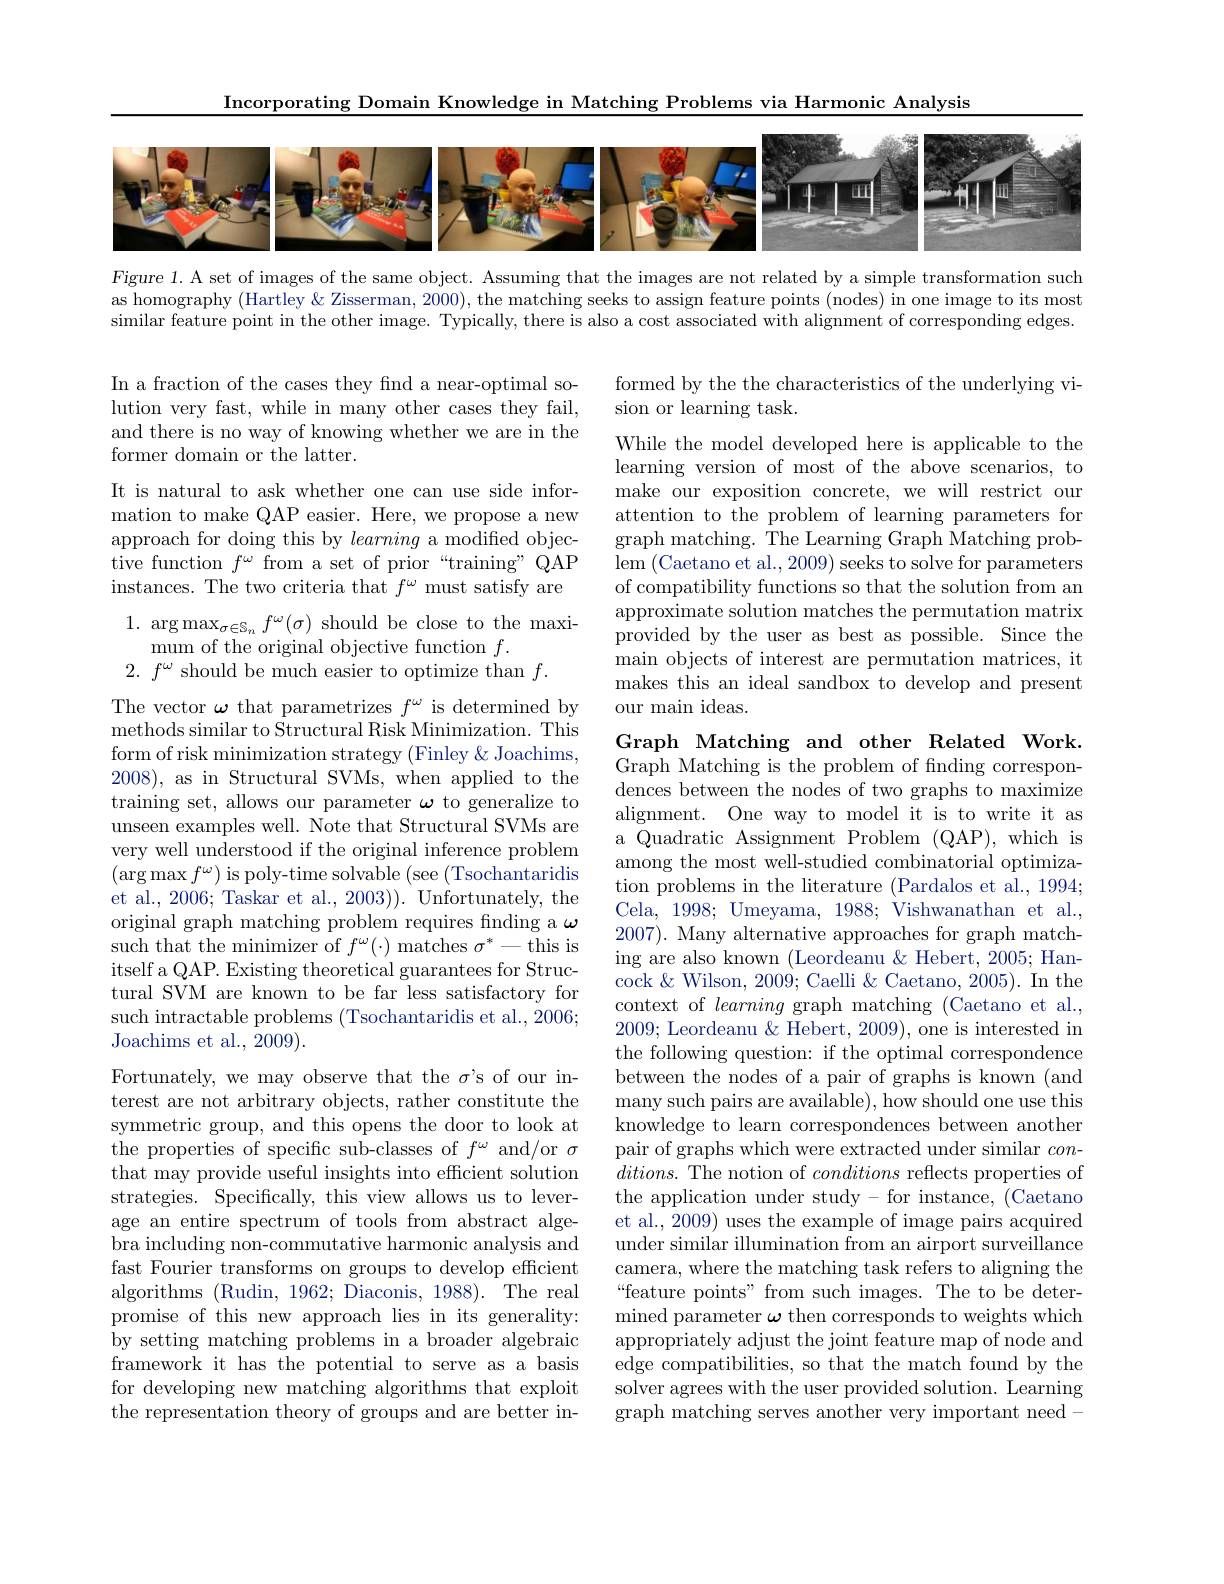
Incorporating Domain Knowledge in Matching Problems via Harmonic Analysis

<FigureHere>

$F$igure 1. A set of images of the same object. Assuming that the images are not related by a simple transformation such as homography (Hartley & Zisserman, 2000), the matching seeks to assign feature points (nodes) in one image to its most similar feature point in the other image. Typically, there is also a cost associated with alignment of corresponding edges.

formed by the the characteristics of the underlying vi-
sion or learning task.

In a fraction of the cases they find a near-optimal solution very fast, while in many other cases they fail, and there is no way of knowing whether we are in the former domain or the latter.

It is natural to ask whether one can use side information to make QAP easier. Here, we propose a new approach for doing this by learning a modified objective function $f^\omega$ from a set of prior“training”QAP instances. The two criteria that $f^\omega$ must satisfy are

While the model developed here is applicable to the learning version of most of the above scenarios, to make our exposition concrete, we will restrict our attention to the problem of learning parameters for graph matching. The Learning Graph Matching problem (Caetano et al., 2009) seeks to solve for parameters of compatibility functions so that the solution from an approximate solution matches the permutation matrix provided by the user as best as possible. Since the main objects of interest are permutation matrices, it makes this an ideal sandbox to develop and present our main ideas.

1. arg$\max_\sigma\in\mathcal{S}_nf^\omega(\sigma)$ should be close to the maxi-
mum of the original objective function $f.$
$2.~f^{\omega}~$should be much easier to optimize than $f.$

The vector $\omega$ that parametrizes $f^\omega$ is determined by methods similar to Structural Risk Minimization. This form of risk minimization strategy (Finley & Joachims, 2008), as in Structural SVMs, when applied to the training set, allows our parameter $\omega$ to generalize to unseen examples well. Note that Structural SVMs are very well understood if the original inference problem $(\arg\max f^{\omega})$ is poly-time solvable (see (Tsochantaridis et al., 2006; Taskar et al., 2003)). Unfortunately, the original graph matching problem requires finding a $\omega$ such that the minimizer of $f^\omega(\cdot)$ matches $\sigma^*-$this is itself a QAP. Existing theoretical guarantees for Structural SVM are known to be far less satisfactory for such intractable problems (Tsochantaridis et al., 2006; Joachims et al., 2009).
Fortunately, we may observe that the $\sigma$'s of our in-

Graph Matching and other Related Work. Graph Matching is the problem of fnding correspondences between the nodes of two graphs to maximize alignment. One way to model it is to write it as a Quadratic Assignment Problem (QAP),which is among the most well-studied combinatorial optimization problems in the literature (Pardalos et al., 1994; Cela, 1998; Umeyama, 1988; Vishwanathan et al., 2007). Many alternative approaches for graph matching are also known (Leordeanu &Hebert, 2005; Hancock &Wilson, 2009; Caelli & Caetano, 2005). In the context of learning graph matching (Caetano et al., 2009; Leordeanu & Hebert, 2009), one is interested in the following question: if the optimal correspondence between the nodes of a pair of graphs is known (and many such pairs are available), how should one use this knowledge to learn correspondences between another pair of graphs which were extracted under similar con- $ditions.$ The notion of conditions reflects properties of the application under study - for instance, (Caetano et al., 2009) uses the example of image pairs acquired under similar illumination from an airport surveillance camera, where the matching task refers to aligning the “feature points" from such images. The to be determined parameter $\omega$ then corresponds to weights which appropriately adjust the joint feature map of node and edge compatibilities, so that the match found by the solver agrees with the user provided solution. Learning graph matching serves another very important need -

terest are not arbitrary objects, rather constitute the symmetric group, and this opens the door to look at the properties of specific sub-classes of $f^\omega$ and/or $\sigma$ that may provide useful insights into efficient solution strategies. Specifically, this view allows us to leverage an entire spectrum of tools from abstract algebra including non-commutative harmonic analysis and fast Fourier transforms on groups to develop efficient algorithms (Rudin, 1962; Diaconis, 1988). The real promise of this new approach lies in its generality: by setting matching problems in a broader algebraic framework it has the potential to serve as a basis for developing new matching algorithms that exploit the representation theory of groups and are better in-